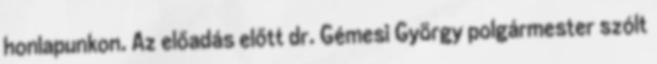
honlapunkon. Az előadás előtt dr. Gémesi György polgármester szólt